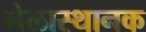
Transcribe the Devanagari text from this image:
मेळास्थानक